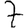
Digit: 7